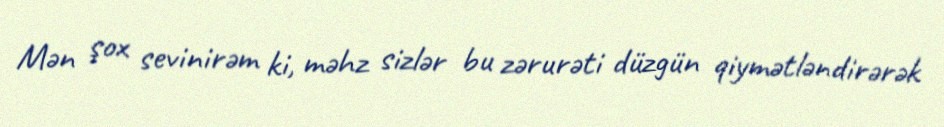
Mən şox sevinirəm ki, məhz sizlər bu zərurəti düzgün qiymətləndirərək